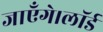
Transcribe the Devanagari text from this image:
जाएँगे।लॉर्ड